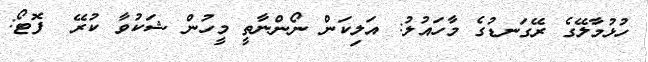
ހުޅުމާލޭގެ ރޭގަނޑުގެ މާހައުލު: އަލިކަން ނޯންނާތީ މީހުން ޝަކުވާ ކުރޭ  ފޮޓޯ: